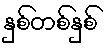
နှစ်တစ်နှစ်